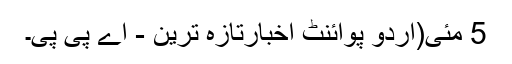
5 مئی(اُردو پوائنٹ اخبارتازہ ترین - اے پی پی۔